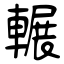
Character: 輾